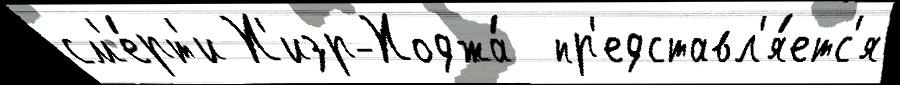
см'е́рт'и Х'изр-Ходжа́  пр'едставл'я́етс'я